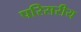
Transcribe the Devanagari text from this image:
परिसरीय